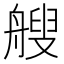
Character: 艘